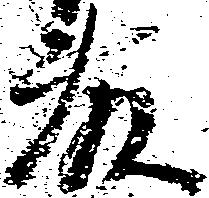
藤